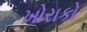
ખોરાકો